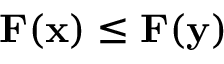
\mathbf { F } ( \mathbf { x } ) \le \mathbf { F } ( \mathbf { y } )